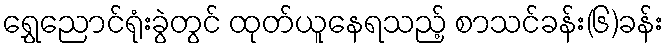
ရွှေညောင်ရုံးခွဲတွင် ထုတ်ယူနေရသည့် စာသင်ခန်း(၆)ခန်း